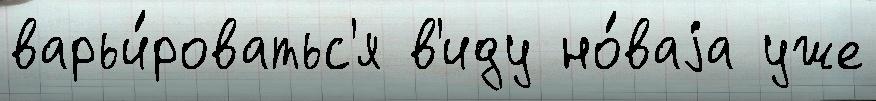
варьи́роватьс'я в'иду но́ваjа уже